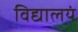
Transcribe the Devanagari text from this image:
विद्यालयं